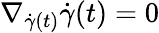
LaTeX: \nabla_{{\dot{\gamma}}(t)}{\dot{\gamma}}(t)=0